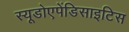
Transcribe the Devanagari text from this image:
स्यूडोएपेंडिसाइटिस